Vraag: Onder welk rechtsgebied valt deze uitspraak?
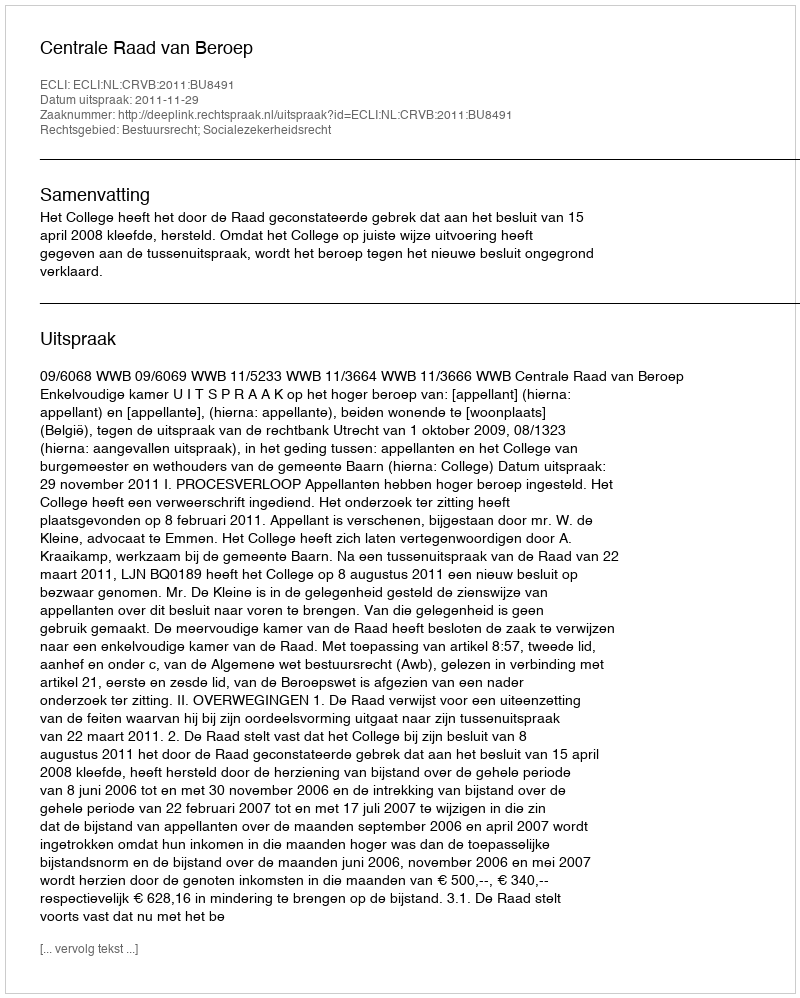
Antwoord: Bestuursrecht; Socialezekerheidsrecht